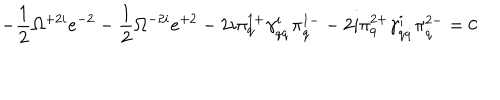
- \frac 1 2 \Omega ^ { + 2 i } e ^ { - 2 } - \frac 1 2 \Omega ^ { - 2 i } e ^ { + 2 } - 2 i \pi _ { q } ^ { 1 + } \gamma _ { q \dot { q } } ^ { i } \pi _ { \dot { q } } ^ { 1 - } - 2 i \pi _ { q } ^ { 2 + } \gamma _ { q \dot { q } } ^ { i } \pi _ { \dot { q } } ^ { 2 - } = 0